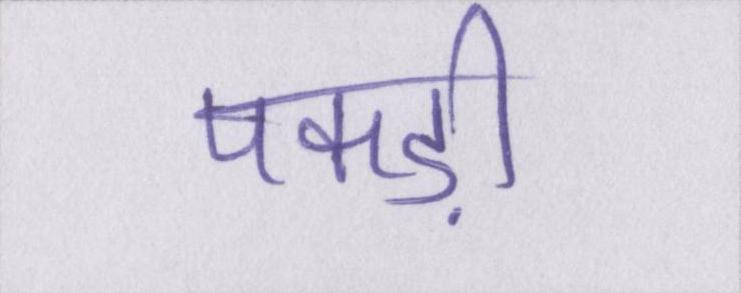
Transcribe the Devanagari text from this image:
पकड़ी